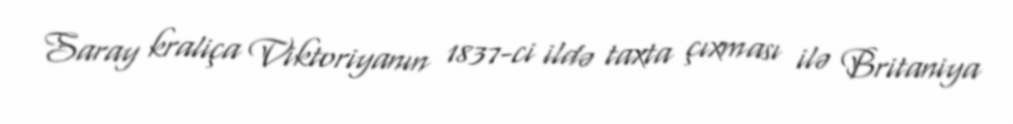
Saray kraliça Viktoriyanın 1837-ci ildə taxta çıxması ilə Britaniya